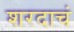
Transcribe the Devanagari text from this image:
शरदाचं